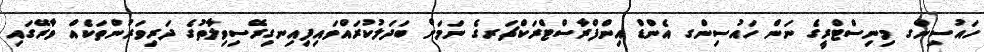
ހައުސިންގ މިނިސްޓްރީގެ ނަން ހައުސިންގ އެންޑް އިންފްރާސްޓްރަކްޗަރގެ ނަމަށް ބަދަލުކުރައްވައިފިއިނގިރޭސިވިލާތުގެ ދަރިވަރުންތަކެއް ވާރޭގައި